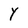
Character: Y